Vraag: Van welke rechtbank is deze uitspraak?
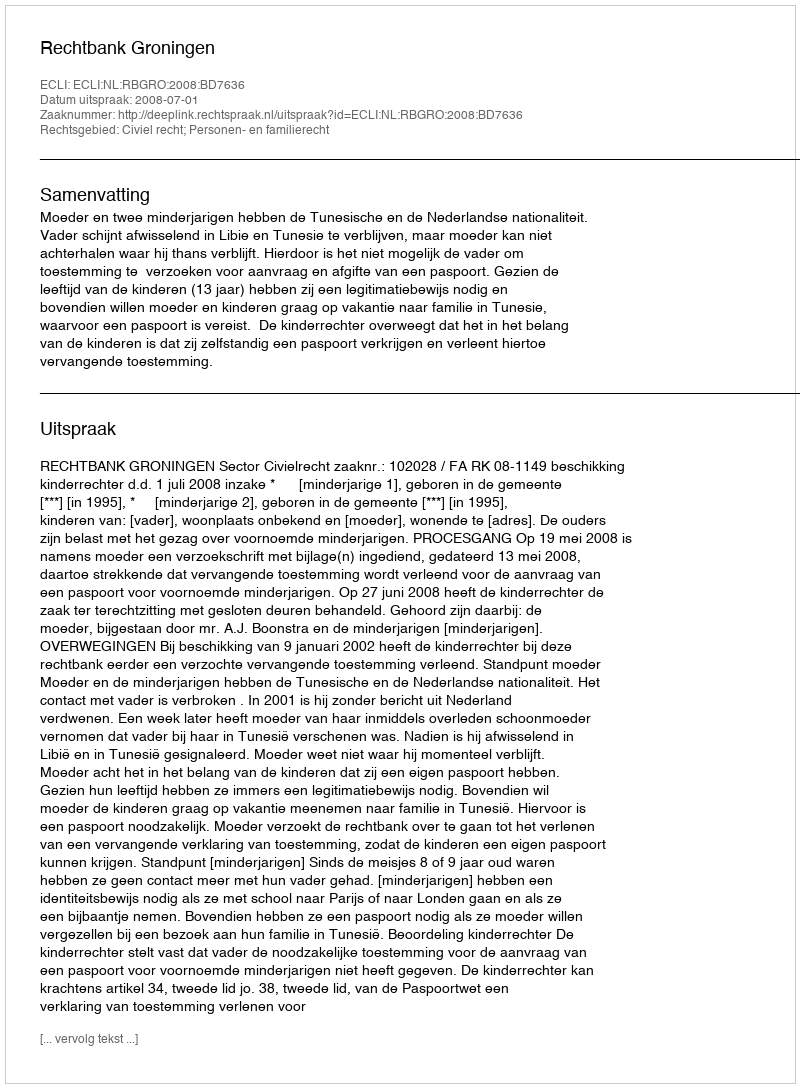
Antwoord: Rechtbank Groningen